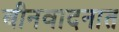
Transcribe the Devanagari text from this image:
बीनवादनात